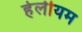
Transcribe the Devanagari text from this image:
हेलीयम